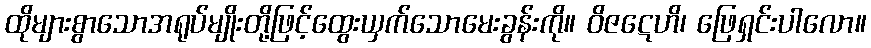
ထိုများစွာသောအရုပ်မျိုးတို့ဖြင့်ထွေးယှက်သောမေးခွန်းကို။ ဝိဇဋေဟိ၊ ဖြေရှင်းပါလော။